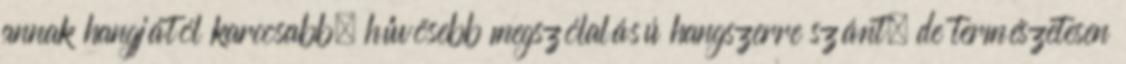
annak hangjától karcosabb, hűvösebb megszólalású hangszerre szánt, de természetesen